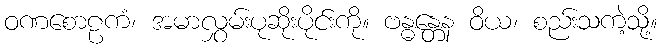
ဝဏစောဠကံ၊ အမာလွှမ်းပုဆိုးပိုင်းကို။ ဗန္ဓန္တေန ဝိယ၊ စည်းသကဲ့သို့။